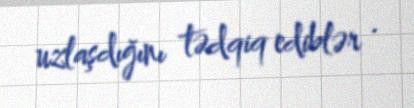
uzlaşdığını tədqiq ediblər .